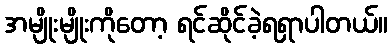
အမျိုးမျိုးကိုတော့ ရင်ဆိုင်ခဲ့ရရှာပါတယ်။